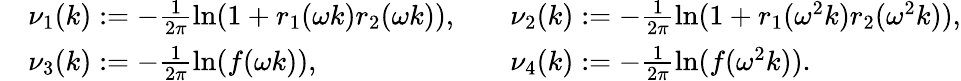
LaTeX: \begin{array}{rlrl}&{\nu_{1}(k):=-\frac{1}{2\pi}\ln(1+r_{1}(\omega k)r_{2}(\omega k)),}&&{\nu_{2}(k):=-\frac{1}{2\pi}\ln(1+r_{1}(\omega^{2}k)r_{2}(\omega^{2}k)),}\\ &{\nu_{3}(k):=-\frac{1}{2\pi}\ln(f(\omega k)),}&&{\nu_{4}(k):=-\frac{1}{2\pi}\ln(f(\omega^{2}k)).}\end{array}